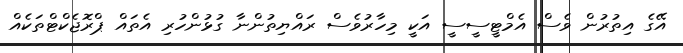
އޭގެ އިތުރުން ވެސް އެމްޓީސީސީ އަކީ މިހާރުވެސް ރައްޔިތުންނާ ގުޅުންހުރި އެތައް ޕްރޮޖެކްޓްތަކެއް